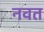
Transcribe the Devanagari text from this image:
नवत